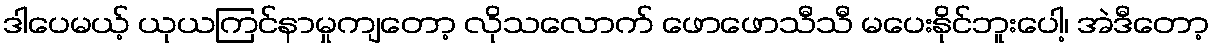
ဒါပေမယ့် ယုယကြင်နာမှုကျတော့ လိုသလောက် ဖောဖောသီသီ မပေးနိုင်ဘူးပေါ့၊ အဲဒီတော့